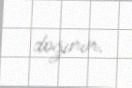
doğurur.